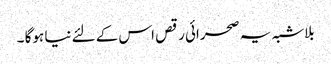
بلاشبہ یہ صحرائی رقص اس کے لئے نیا ہوگا ۔